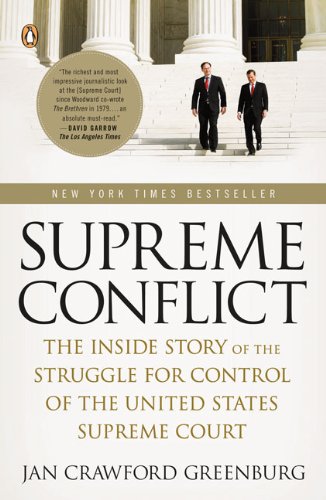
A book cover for Supreme Conflict: The Inside Story of the Struggle for Control of the United States Supreme Court; Jan Crawford Greenburg; Law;